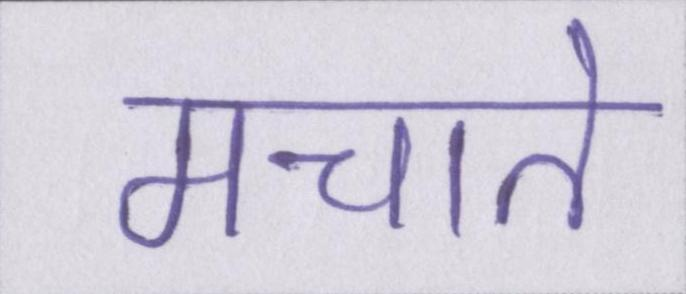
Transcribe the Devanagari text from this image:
मचाते